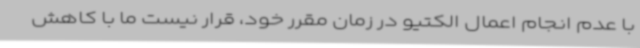
با عدم انجام اعمال الکتیو در زمان مقرر خود، قرار نیست ما با کاهش